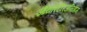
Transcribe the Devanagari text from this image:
ऑथरिटॅरिअनिझम